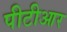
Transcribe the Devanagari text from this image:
पीटीआर